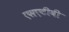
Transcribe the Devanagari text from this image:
एसएटीबी